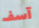
آسف